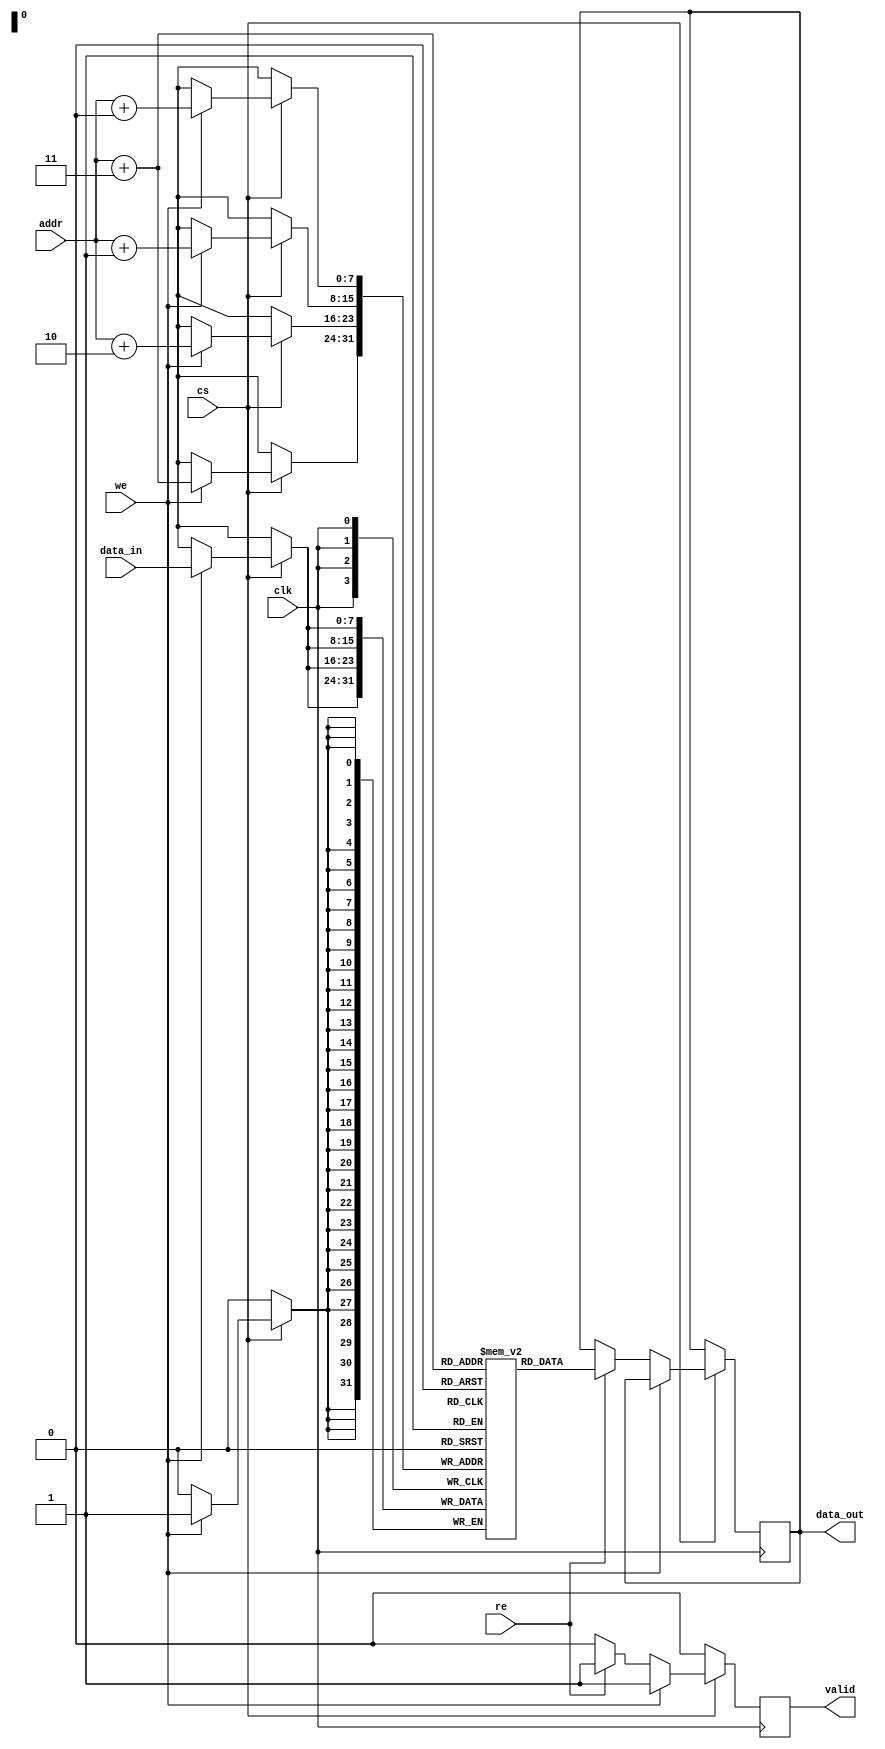
module BurstSRAM #(
    parameter ADDR_WIDTH = 8,  // Address width (8 bits for 256 locations)
    parameter DATA_WIDTH = 8,   // Data width (8, 16, or 32 bits)
    parameter BURST_LENGTH = 4   // Configurable burst length
)(
    input wire clk,              // Clock signal
    input wire cs,               // Chip Select
    input wire we,               // Write Enable
    input wire re,               // Read Enable
    input wire [ADDR_WIDTH-1:0] addr, // Address lines
    input wire [DATA_WIDTH-1:0] data_in, // Data input
    output reg [DATA_WIDTH-1:0] data_out, // Data output
    output reg valid             // Output valid signal
);

    // Memory array declaration
    reg [DATA_WIDTH-1:0] memory [(2**ADDR_WIDTH)-1:0]; // 256 x 256 bits

    // Internal variables for burst operations
    integer i;
    reg [ADDR_WIDTH-1:0] burst_addr;
    reg [DATA_WIDTH-1:0] burst_data [0:BURST_LENGTH-1];

    // Main memory operation
    always @(posedge clk) begin
        if (!cs) begin
            valid <= 0; // Chip is disabled
        end else begin
            if (we) begin
                // Write operation
                for (i = 0; i < BURST_LENGTH; i = i + 1) begin
                    burst_addr = addr + i;
                    memory[burst_addr] <= data_in; // Write data
                end
                valid <= 1; // Indicate valid write operation
            end else if (re) begin
                // Read operation
                for (i = 0; i < BURST_LENGTH; i = i + 1) begin
                    burst_addr = addr + i;
                    burst_data[i] = memory[burst_addr]; // Read data
                end
                // Output the last read data in the burst
                data_out <= burst_data[BURST_LENGTH-1];
                valid <= 1; // Indicate valid read operation
            end else begin
                valid <= 0; // No operation
            end
        end
    end

    // Optional: Error detection (parity check)
    // This can be implemented as needed based on the design requirements.

endmodule